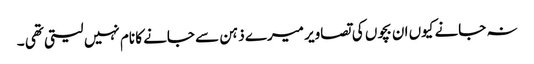
نہ جانے کیوں ان بچوں کی تصاویر میرے ذہن سے جانے کا نام نہیں لیتی تھی ۔